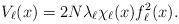
LaTeX: \begin{align*}V_\ell(x)=2N \lambda_\ell \chi_\ell(x) f^2_\ell(x).\end{align*}